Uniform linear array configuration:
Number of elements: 4
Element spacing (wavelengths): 1
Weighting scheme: exponential
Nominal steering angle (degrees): -30
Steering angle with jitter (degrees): -31.316
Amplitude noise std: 0.05
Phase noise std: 0.05

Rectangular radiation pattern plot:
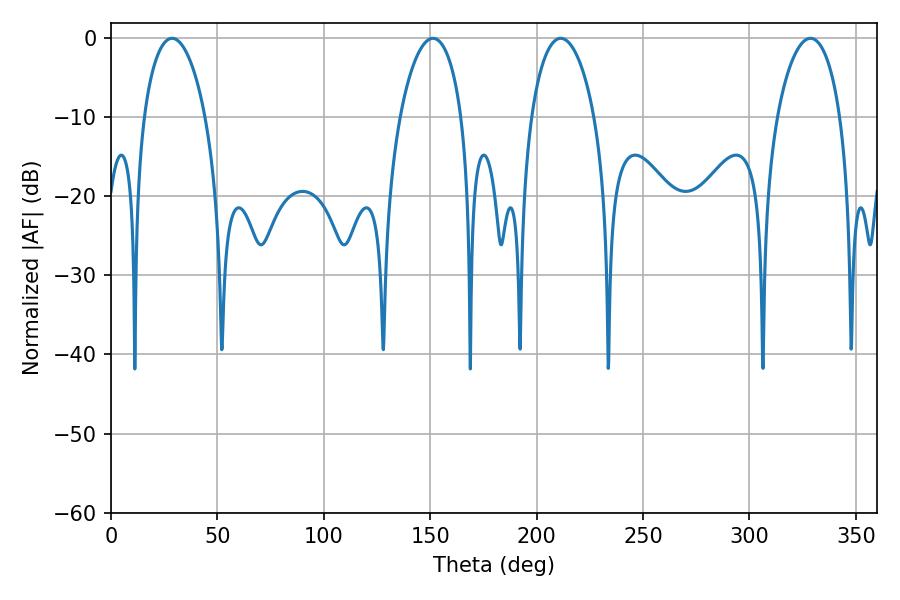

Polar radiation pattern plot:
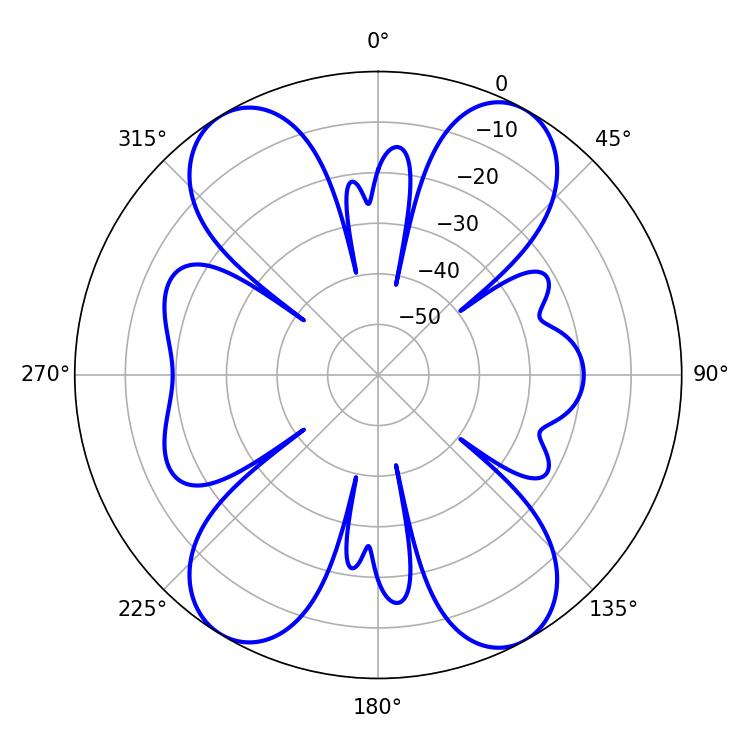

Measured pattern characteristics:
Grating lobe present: TRUE
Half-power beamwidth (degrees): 16.92
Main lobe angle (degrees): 211.32